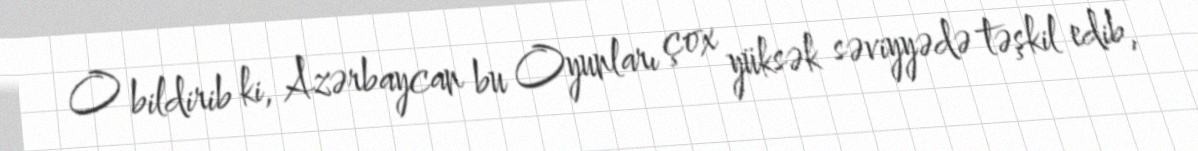
O bildirib ki, Azərbaycan bu Oyunları çox yüksək səviyyədə təşkil edib,